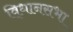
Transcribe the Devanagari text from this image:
वि्धानसभा